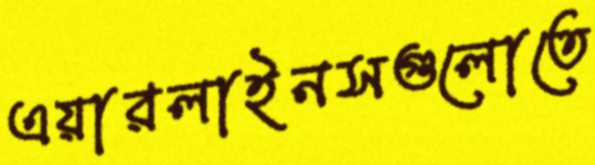
এয়ারলাইনসগুলোতে